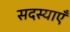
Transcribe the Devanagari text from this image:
सदस्याएँ